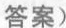
答案)